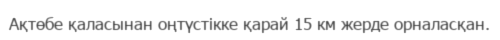
Ақтөбе қаласынан оңтүстікке қарай 15 км жерде орналасқан.